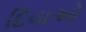
દિવાઓ